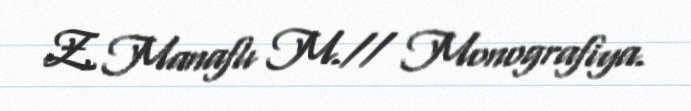
Z, Manaflı M.// Monografiya.